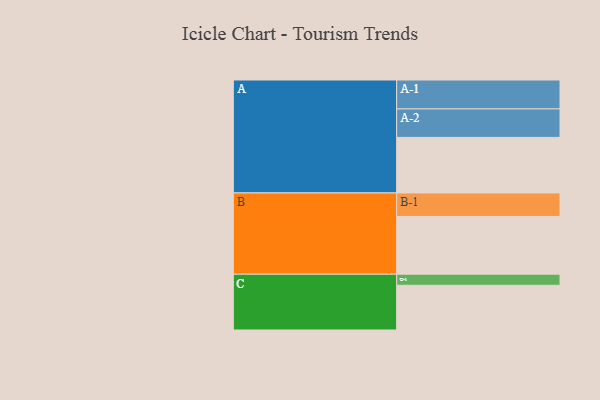
{"axis": {"x": "Segment", "y": "Value"}, "legend": ["", "A", "B", "C"], "data": [{"x": "A", "y": 461, "type": ""}, {"x": "B", "y": 479, "type": ""}, {"x": "C", "y": 371, "type": ""}, {"x": "A-1", "y": 240, "type": "A"}, {"x": "A-2", "y": 236, "type": "A"}, {"x": "B-1", "y": 195, "type": "B"}, {"x": "C-1", "y": 92, "type": "C"}]}